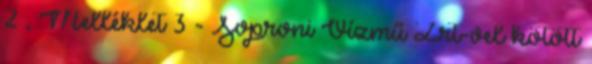
2 , Melléklet 3 - Soproni Vízmű Zrt-vel kötött